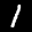
Label: 1